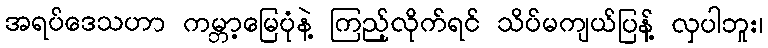
အရပ်ဒေသဟာ ကမ္ဘာ့မြေပုံနဲ့ ကြည့်လိုက်ရင် သိပ်မကျယ်ပြန့် လှပါဘူး၊